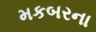
મકબરના